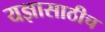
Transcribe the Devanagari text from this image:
यज्ञासाठीच